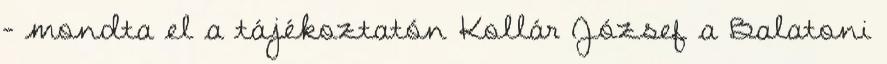
- mondta el a tájékoztatón Kollár József a Balatoni